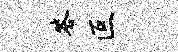
答叵